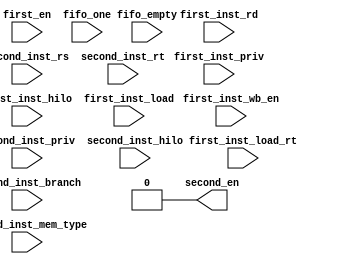
module dual_issue_ctrl(
	//
	//1 is valid
	//first pipeline information
	input         first_en,
	input         first_inst_priv,          //
	input         first_inst_hilo,          //HILO
	input         first_inst_wb_en,         //
	input [4 :0]  first_inst_rd,            //
	input [1 :0]  first_inst_load,          //load
	input [4 :0]  first_inst_load_rt,       //load first_inst_rd
	//second pipline information
	input [4 :0]  second_inst_rs,           //
	input [4 :0]  second_inst_rt,           //
	input         second_inst_priv,         //
	input         second_inst_branch,       //
	input         second_inst_hilo,         //HILO
	input [1 :0]  second_inst_mem_type,     //01load,10store00
	//fifo information
	input         fifo_empty,               //FIFO
	input         fifo_one,                 //FIFO
	//output
	output        second_en                 //
);
	reg second_en_temp;
	wire unfifo;
	reg second_en_temp_load;

	assign unfifo = ( fifo_empty || fifo_one );
	assign second_en = 0;

	always @( * ) begin
		//fifo
		//
		//HILO
		//second_inst_mem_type != 2'b00 loadstore
		if( unfifo ||
		    ( !first_en )                   ||                                           first_inst_priv   ||
		    (second_inst_mem_type != 2'b00) || second_inst_branch || second_inst_hilo || second_inst_priv     )
		begin
			second_en_temp = 1'b0;
		end
		else begin
			//RAW
			//   $0 ,
			//loadload
			if( first_inst_wb_en && first_inst_rd != 5'b0 && (second_inst_rs == first_inst_rd || second_inst_rt == first_inst_rd) || 
				( first_inst_load == 2'b01 && first_inst_load_rt != 5'b0 && ( second_inst_rs == first_inst_load_rt || second_inst_rt == first_inst_load_rt )))
				begin
					second_en_temp = 1'b0;
				end
			else begin
				second_en_temp = 1'b1;
			end
		end
	end
endmodule